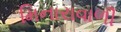
મિનારાવાળી